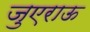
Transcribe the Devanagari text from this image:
जुएराऊ